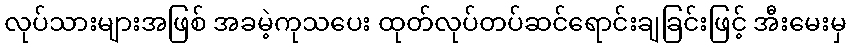
လုပ်သားများအဖြစ် အခမဲ့ကုသပေး ထုတ်လုပ်တပ်ဆင်ရောင်းချခြင်းဖြင့် အီးမေးမှ